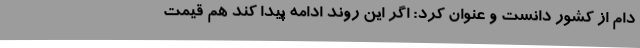
دام از کشور دانست و عنوان کرد: اگر این روند ادامه پیدا کند هم قیمت